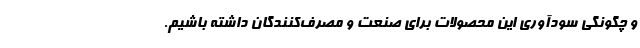
و چگونگی سودآوری این محصولات برای صنعت و مصرف‌کنندگان داشته باشیم.